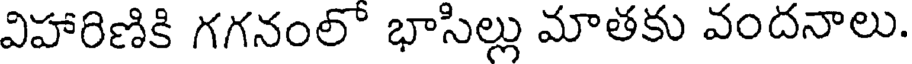
విహారిణికి గగనంలో భాసిల్లు మాతకు వందనాలు.